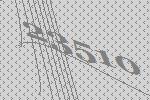
23510